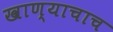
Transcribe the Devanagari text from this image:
खाण्याचाच